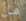
هل